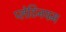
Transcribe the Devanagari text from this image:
प्लेटिनयम